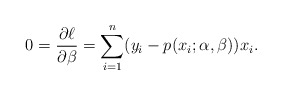
\begin{align*}0 = \frac{\partial \ell}{\partial\beta} = \sum_{i=1}^n (y_i - p(x_i;\alpha,\beta))x_i.\end{align*}